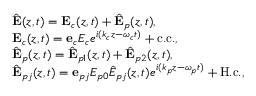
\begin{array} { r l } & { { \hat { \bf E } } ( z , t ) = { \bf E } _ { c } ( z , t ) + { \hat { \bf E } } _ { p } ( z , t ) , } \\ & { { \bf E } _ { c } ( z , t ) = { \bf e } _ { c } { \cal E } _ { c } e ^ { i ( k _ { c } z - \omega _ { c } t ) } + \mathrm { c . c . } , } \\ & { { \hat { \bf E } } _ { p } ( z , t ) = { \hat { \bf E } } _ { p 1 } ( z , t ) + { \hat { \bf E } } _ { p 2 } ( z , t ) , } \\ & { { \hat { \bf E } } _ { p j } ( z , t ) = { \bf e } _ { p j } { \cal E } _ { p 0 } { \hat { E } } _ { p j } ( z , t ) e ^ { i ( k _ { p } z - \omega _ { p } t ) } + \mathrm { H . c . } , } \end{array}